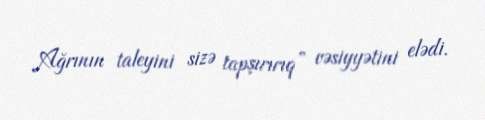
Ağrının taleyini sizə tapşırırıq” vəsiyyətini elədi.